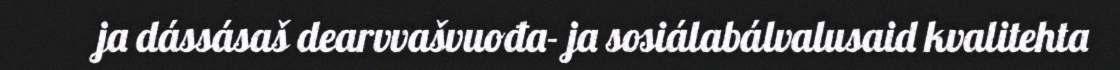
ja dássásaš dearvvašvuođa- ja sosiálabálvalusaid kvalitehta